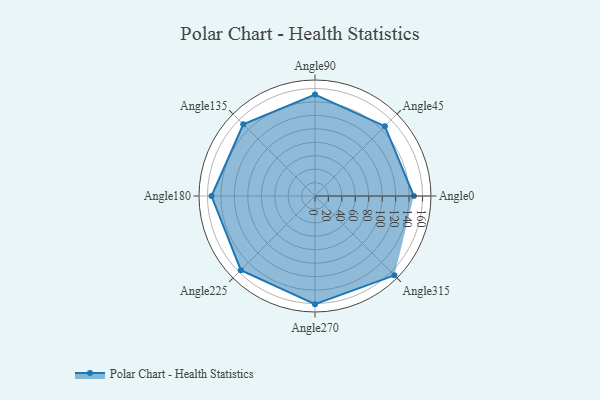
{"axis": {"x": "Angle", "y": "Radius"}, "legend": [""], "data": [{"x": "Angle0", "y": 147.0, "type": ""}, {"x": "Angle45", "y": 147.0, "type": ""}, {"x": "Angle90", "y": 151.0, "type": ""}, {"x": "Angle135", "y": 151.0, "type": ""}, {"x": "Angle180", "y": 154.0, "type": ""}, {"x": "Angle225", "y": 156.0, "type": ""}, {"x": "Angle270", "y": 161.0, "type": ""}, {"x": "Angle315", "y": 167.0, "type": ""}]}